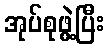
အုပ်စုဖွဲ့ပြီး